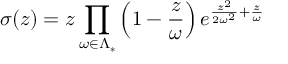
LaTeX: \sigma ( z ) = z \prod _ { \omega \in \Lambda _ { * } } \left( 1 - { \frac { z } { \omega } } \right) e ^ { { \frac { z ^ { 2 } } { 2 \omega ^ { 2 } } } + { \frac { z } { \omega } } }